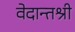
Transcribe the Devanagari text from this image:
वेदान्तश्री